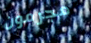
مجرمون